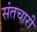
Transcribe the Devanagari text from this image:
संतचारी